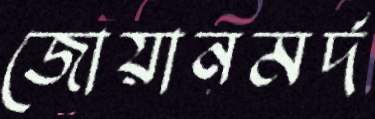
জোয়ানমর্দ